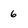
Character: 6